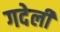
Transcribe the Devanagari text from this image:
गदेली